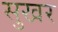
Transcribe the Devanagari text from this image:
सुखर